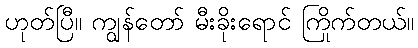
ဟုတ်ပြီ။ ကျွန်တော် မီးခိုးရောင် ကြိုက်တယ်။